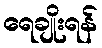
ရေချိုးရန်